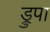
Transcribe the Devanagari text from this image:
ड्रुपा